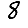
Digit: 8